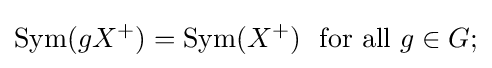
\mathrm {Sym} (gX^{+})=\mathrm {Sym} (X^{+})\ \ {\text{for all}}\ g\in G;